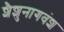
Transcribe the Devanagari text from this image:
शैशुनागवंश